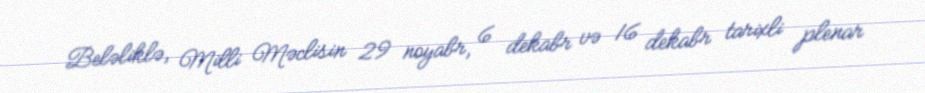
Beləliklə, Milli Məclisin 29 noyabr, 6 dekabr və 16 dekabr tarixli plenar